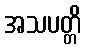
အသပတ္တိ